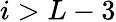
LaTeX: i>L-3